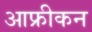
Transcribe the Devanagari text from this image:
आफ्रीकन